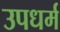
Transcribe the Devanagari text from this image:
उपधर्म